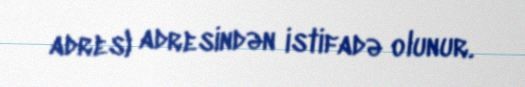
adres) adresindən istifadə olunur.